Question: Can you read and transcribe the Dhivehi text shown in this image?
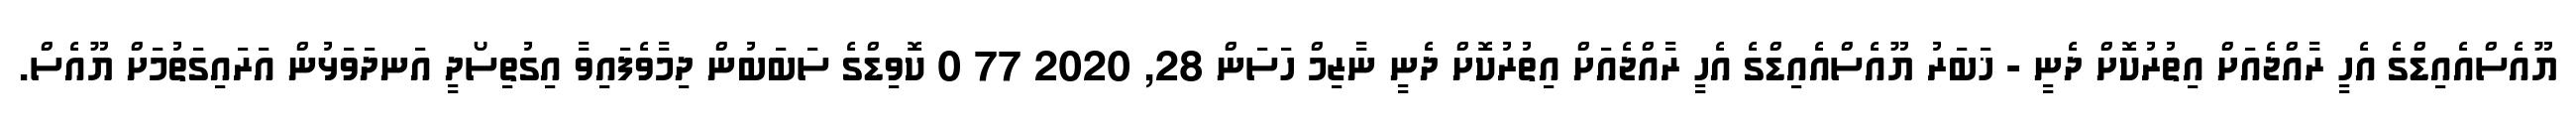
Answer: ޔޫއެސްއެއިޑްގެ އެހީ ރާއްޖެއަށް އިތުރުކޮށް ދެނީ - ޚަބަރު ޔޫއެސްއެއިޑްގެ އެހީ ރާއްޖެއަށް އިތުރުކޮށް ދެނީ ނާޒިމް ހަސަން 28, 2020 77 0 ކޮވިޑްގެ ސަބަބުން ދިމާވެފައިވާ އިގުތިސޯދީ އަނދަވަޅުން އަރައިގަތުމަށް ޔޫއެސް.